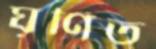
ঘূর্ণিত